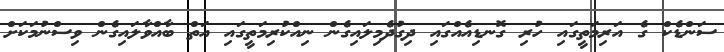
ސަންޑެކް ގެ އަރިމަތީގައި ހުރި ގޮނޑިއެއްގައި ދިގުދެމިލައިގެން ނިއްކުރިމަތީގައި އަތް ބާއްވާލައިގެން ވިސްނުމަކަށް